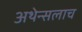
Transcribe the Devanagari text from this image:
अथेन्सलाच